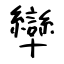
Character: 卛